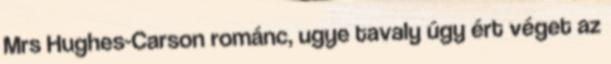
Mrs Hughes-Carson románc, ugye tavaly úgy ért véget az